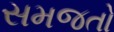
સમજતો